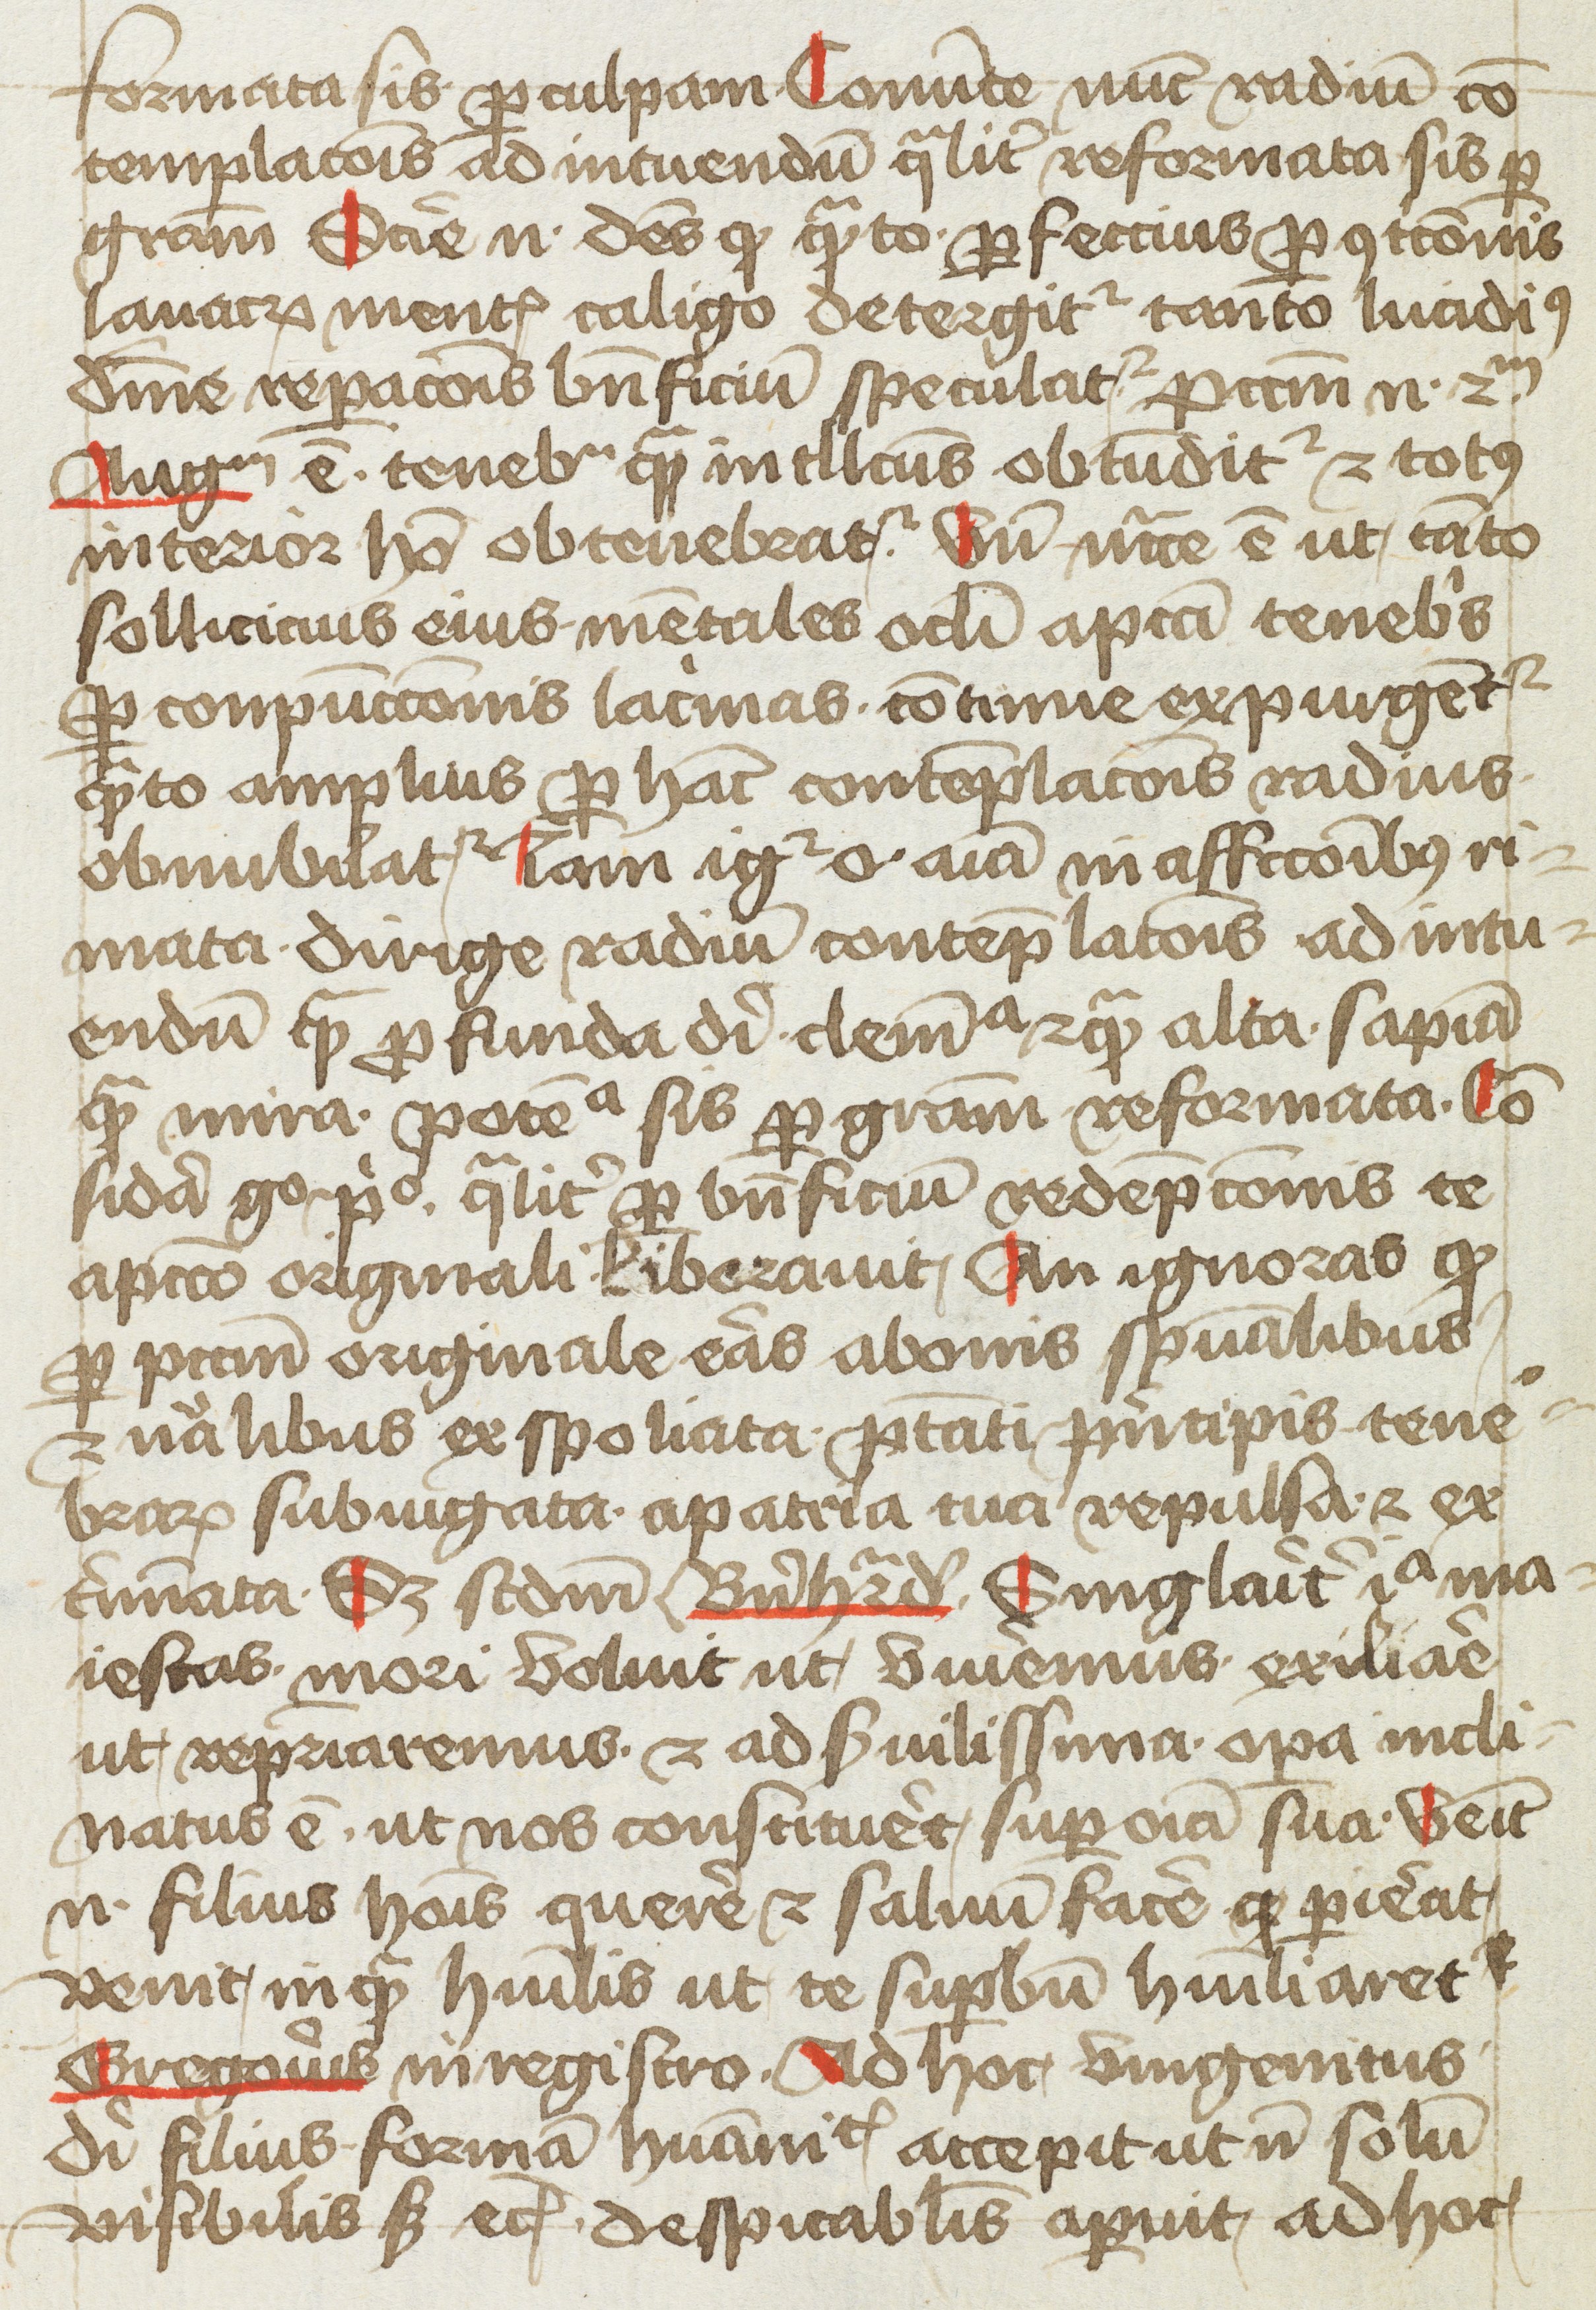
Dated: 1400–1499